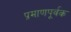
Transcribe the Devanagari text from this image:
प्रमाणपूर्वक